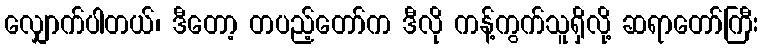
လျှောက်ပါတယ်၊ ဒီတော့ တပည့်တော်က ဒီလို ကန့်ကွက်သူရှိလို့ ဆရာတော်ကြီး